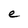
Character: e